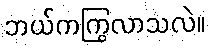
ဘယ်ကကြွလာသလဲ။